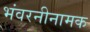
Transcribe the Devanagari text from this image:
भंवरनीनामक